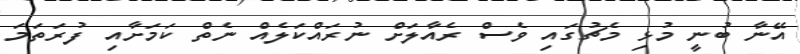
އޭނާ ބުނީ މުޅި މެޗުގައި ވެސް ރެއާލަށް ނުރައްކަލެއް ނެތް ކަމަށާއި ފުރަތަމަ